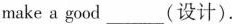
make a good___(设计).